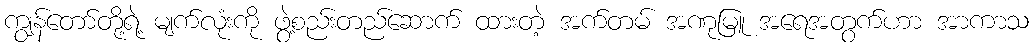
ကျွန်တော်တို့ရဲ့ မျက်လုံးကို ဖွဲ့စည်းတည်ဆောက် ထားတဲ့ အက်တမ် အဏုမြူ အရေအတွက်ဟာ အာကာသ